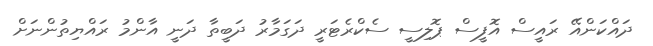
ދައްކަންއޭ ރައީސް އޮފީސް ޕޮލިސީ ސެކްރެޓަރީ ދަގަމާރު ދަބީތާ ދަނީ އާންމު ރައްޔިތުންނަށް